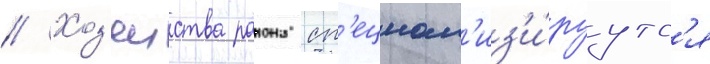
// Хоз'яиства раиона сп'ециал'из'и́руутс'я